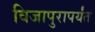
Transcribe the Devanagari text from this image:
विजापुरापर्यंत